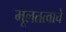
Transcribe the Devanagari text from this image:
मूलतत्वाचे